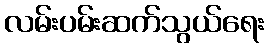
လမ်းပမ်းဆက်သွယ်ရေး